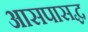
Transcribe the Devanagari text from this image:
आसपासद्ध